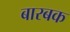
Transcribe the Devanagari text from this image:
बारबक